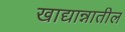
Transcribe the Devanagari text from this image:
खाद्यान्नातील